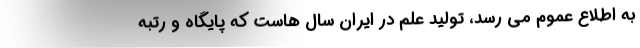
به اطلاع عموم می رسد، تولید علم در ایران سال هاست که پایگاه و رتبه